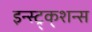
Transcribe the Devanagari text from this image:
इन्स्ट्र्क्शन्स